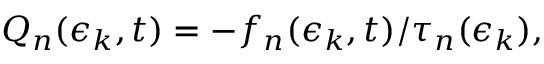
Q _ { n } ( \epsilon _ { k } , t ) = - f _ { n } ( \epsilon _ { k } , t ) / \tau _ { n } ( \epsilon _ { k } ) ,